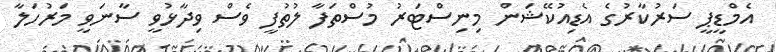
އެމްޑީޕީ ސަރުކާރުގެ އެޑިއުކޭޝަން މިނިސްޓަރު މުސްތަފާ ލުތުފީ ވެސް ވިދާޅުވީ ސާނަވީ މަރުހަލާ